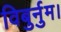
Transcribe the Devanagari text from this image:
विबुर्नुम।